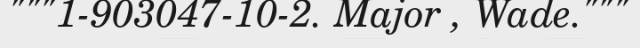
"""1-903047-10-2. Major , Wade."""